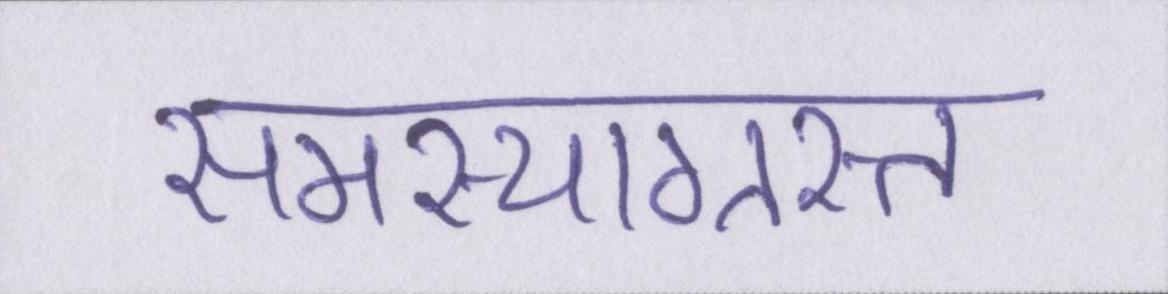
समस्याग्रस्त